Annual report of the Central Committee of the Association together with the report of the directors of the Pasteur Institute at Kasauli
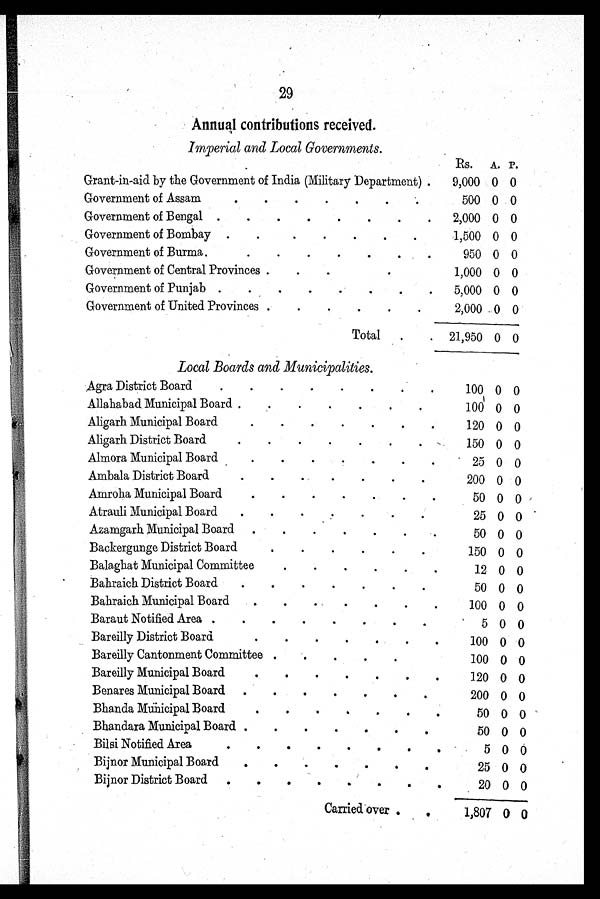
29
Annual contributions received.
Imperial and Local Governments.
Rs. A. P.
Grant-in-aid by the Government of India (Military Department)
9,000 0 0
Government of Assam
5 0 0
0
0
Government of Bengal
2,000 0 0
Government of Bombay
1,500 0 0
Government of Burma
950 0 0
Government of Central Provinces
1,000 0 0
Government of Punjab
5,000 0 0
Government of United Provinces
2,000 0 0
Total
21,950 0 0
Local Boards and Municipalities.
Agra District Board
100 0 0
Allahabad Municipal Board
100 0 0
Aligarh Municipal Board
120 0 0
Aligarh District Board
150 0 0
Almora Municipal Board
25 0 0
Ambala District Board
200 0 0
Amroha Municipal Board
50 0 0
Atrauli Municipal Board
25 0 0
Azamgarh Municipal Board
50 0 0
Backergunge District Board
150 0 0
Balaghat Municipal Committee
12 0 0
Bahraich District Board
50 0 0
Bahraich Municipal Board
100 0 0
Baraut Notified Area
5 0 0
Bareilly District Board
100 0 0
Bareily Cantonment Committee
100 0 0
Bareilly Municipal Board
120 0 0
Benares Municipal Board
200 0 0
Bhanda Municipal Board
50 0 0
Bhandara Municipal Board
50 0 0
Bilsi Notified Area
5 0 0
Bijnor Municipal Board
25 0 0
Bijnor District Board
20 0 0
Carried over
1,807 0 0